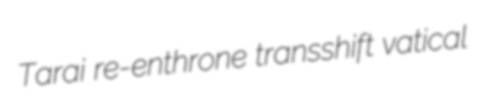
Tarai re-enthrone transshift vatical